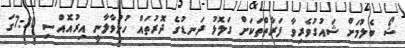
ޝޯ ބެލުމަށް ޝައުގުވެރިވާ ފަރާތްތަކަށް ގަލޮޅު ދަނޑުގެ ދޮރުތައް ހުޅުވާލާނީ އިރުއޮއްސި 7:30ގަ